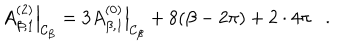
LaTeX: \left. A _ { \beta , 1 } ^ { ( 2 ) } \right| _ { { \cal C } _ { \beta } } = 3 \left. A _ { \beta , 1 } ^ { ( 0 ) } \right| _ { { \cal C } _ { \beta } } + 8 ( \beta - 2 \pi ) + 2 \cdot 4 \pi .